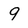
Character: 9